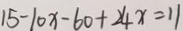
1 5 - 1 0 x - 6 0 + 2 4 x = 1 1